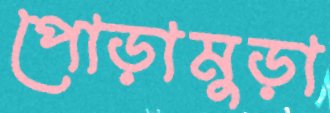
পোড়ামুড়া